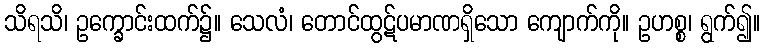
သိရသိ၊ ဥက္ခောင်းထက်၌။ သေလံ၊ တောင်ထွဋ်ပမာဏရှိသော ကျောက်ကို။ ဥဟစ္စ၊ ရွက်၍။